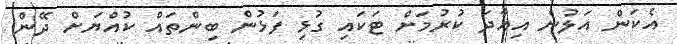
އެކަން އަލުން އިއާދަ ކުރުމަށް ޓަކައި ގުޅި ފަޅުން ބިންތައް ކުއްޔަށް ދޭން